65_HS1-834228961_62-HQ-83894_Serial_130
Agency: FBI
Page 88
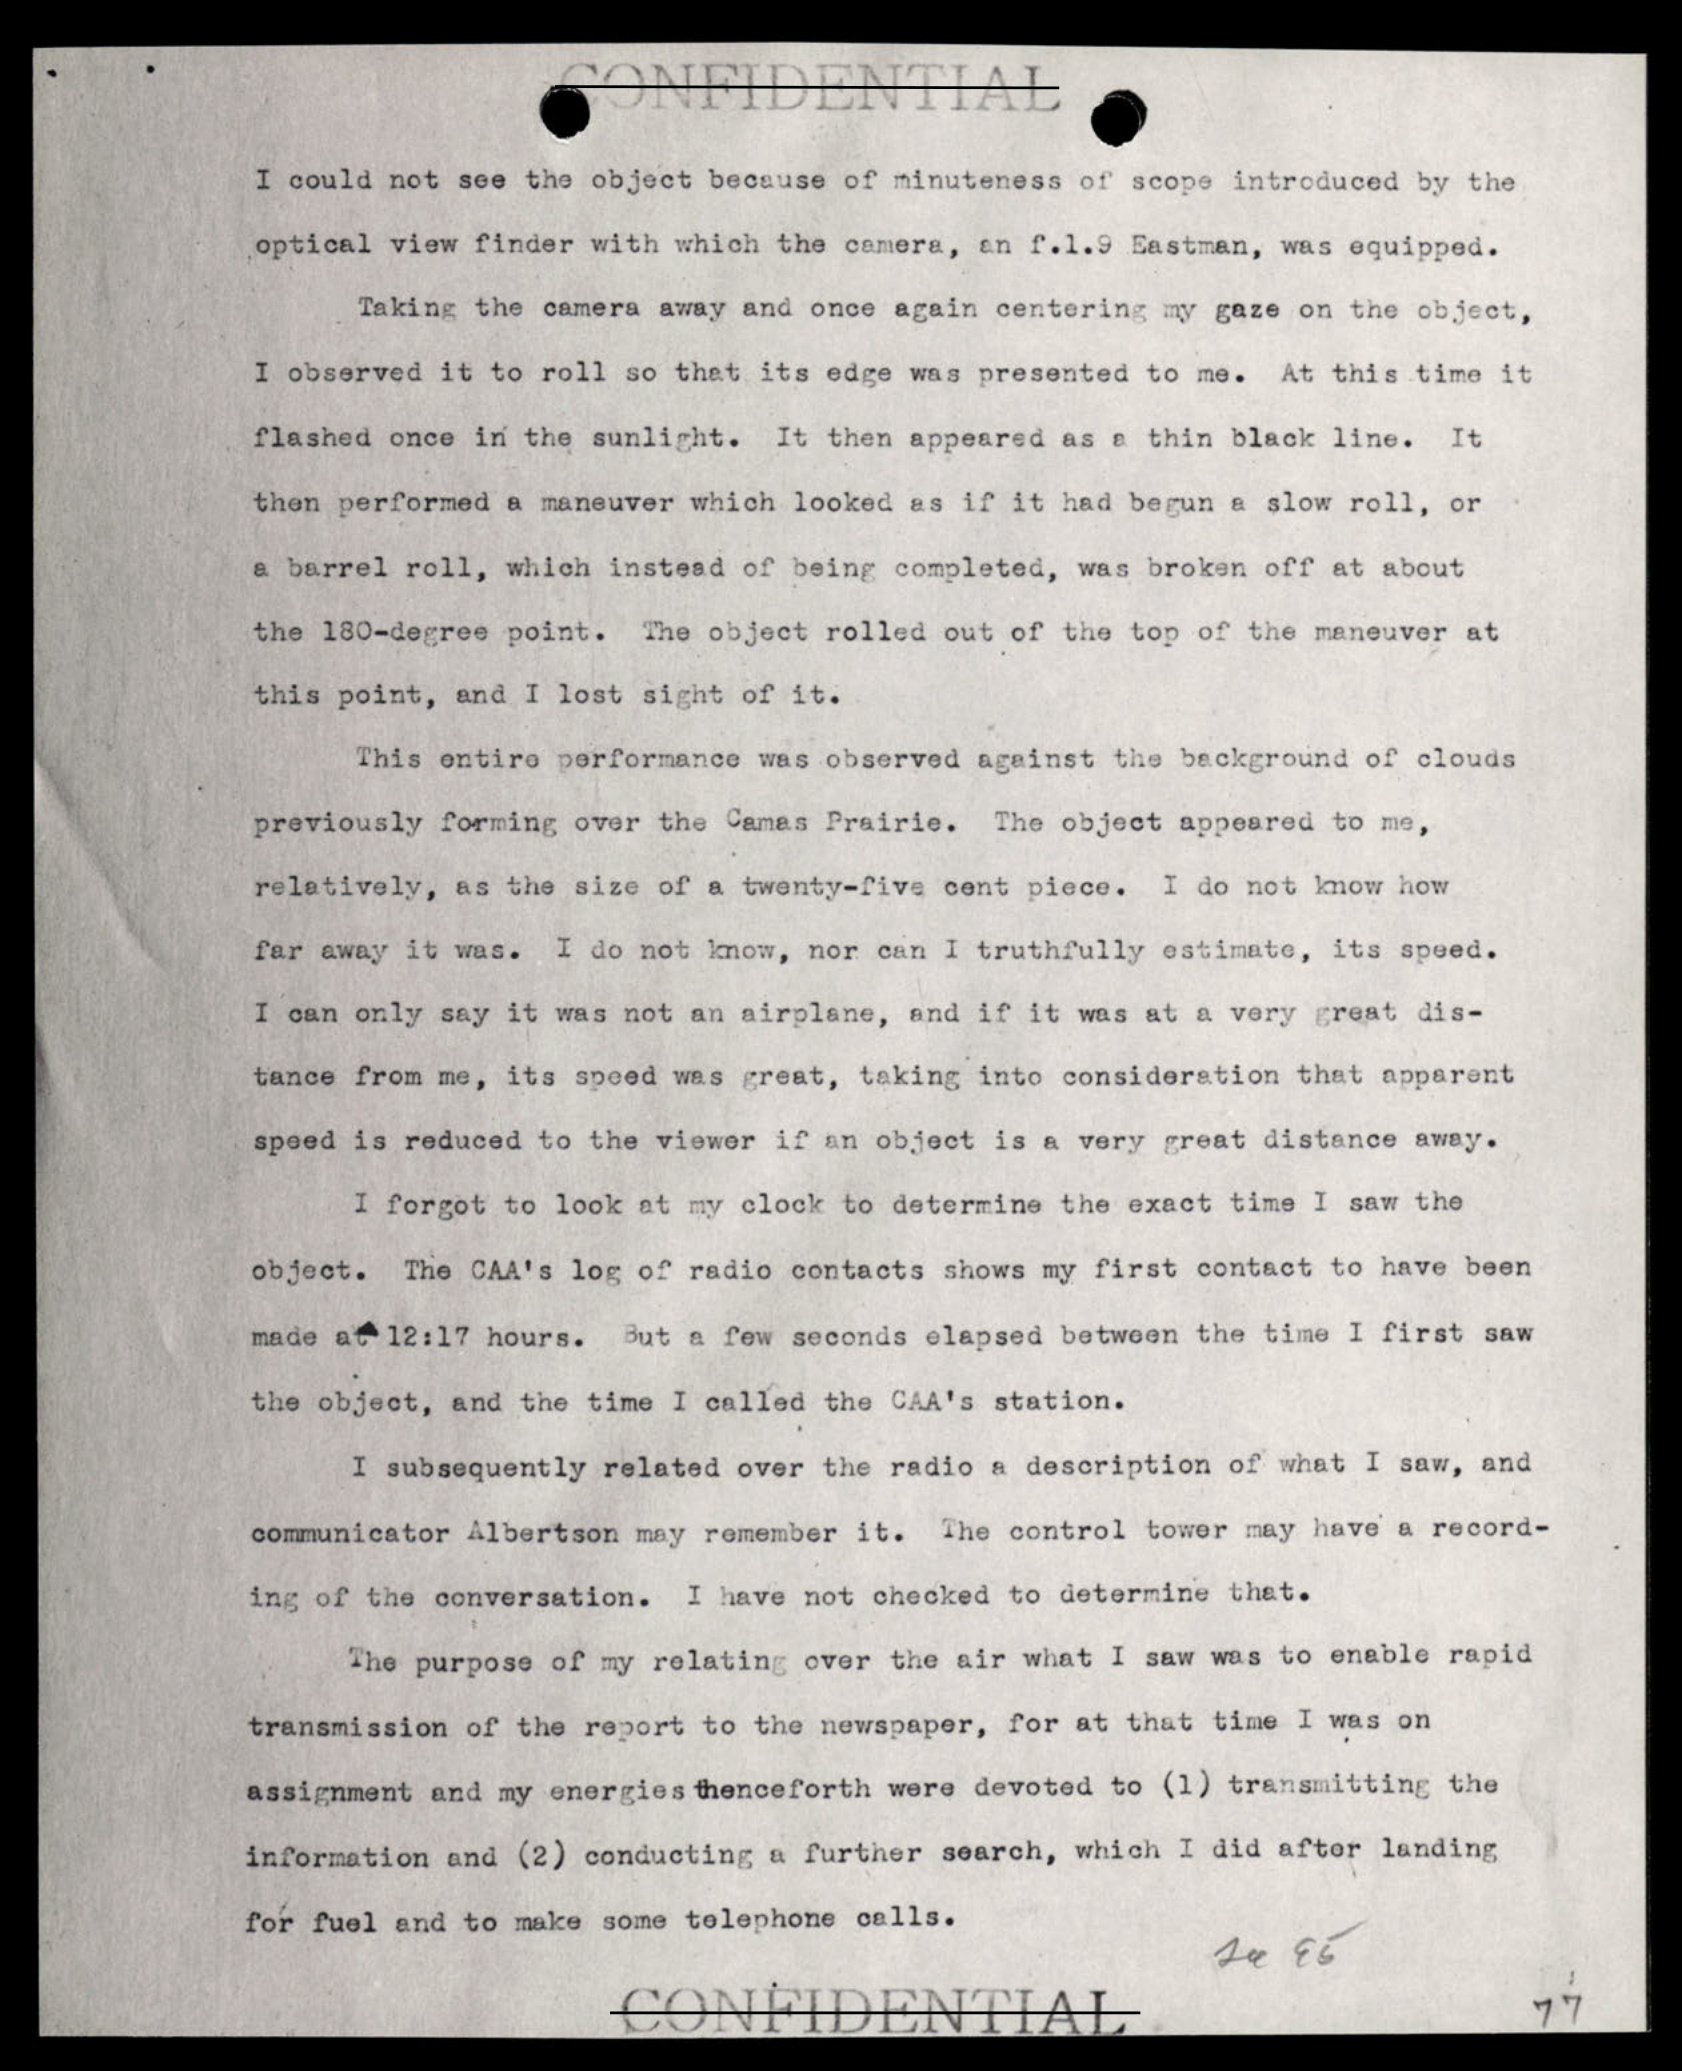